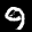
Label: 9